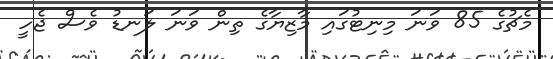
މެޗުގެ 85 ވަނަ މިނިޓުގައި މާޒިޔާގެ ތިން ވަނަ ލަނޑު ވެސް ޖެހީ